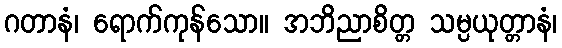
ဂတာနံ၊ ရောက်ကုန်သော။ အဘိညာစိတ္တ သမ္ပယုတ္တာနံ၊